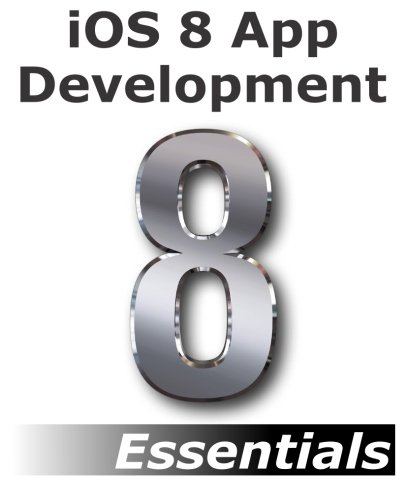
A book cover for iOS 8 App Development Essentials - Second Edition: Learn to Develop iOS 8 Apps using Xcode and Swift 1.2; Neil Smyth; Computers & Technology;